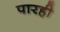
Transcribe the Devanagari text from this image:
पारही